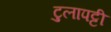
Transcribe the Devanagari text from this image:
टुलापट्टी